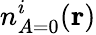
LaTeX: {n_{A=0}^{i}(\mathbf{r})}